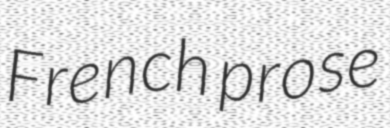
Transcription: French prose